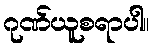
ဂုဏ်ယူစရာပါ။